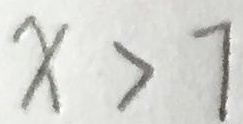
x > 7